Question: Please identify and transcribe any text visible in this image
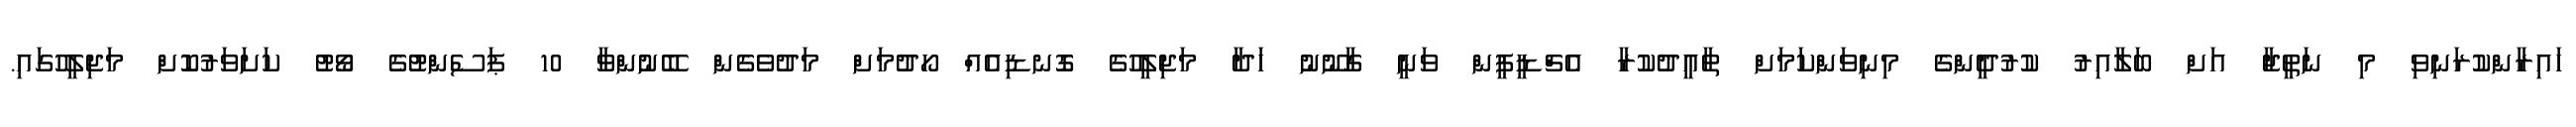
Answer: ހައިރާންކުރަނިވި މި ނަތީޖާ އަށް ބަލާއިރު ކުރުދީންގެ މިނިވަންކަމަށް ތާއީދުކުރާ އެޗްޑީޕީން ވަނީ ގާނޫނު ހަދާ މަޖިލީހުގެ ގޮނޑިއެއް ހޯދުމަށް މަދުވެގެން ބޭނުންވާ 10 ޕަސެންޓުގެ ވޯޓު ކަށަވަރުކޮށް މަޖިލީހުގައި.